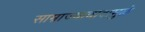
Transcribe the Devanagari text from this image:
साम्राज्यावादामुळे